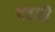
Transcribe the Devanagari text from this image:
दवनी